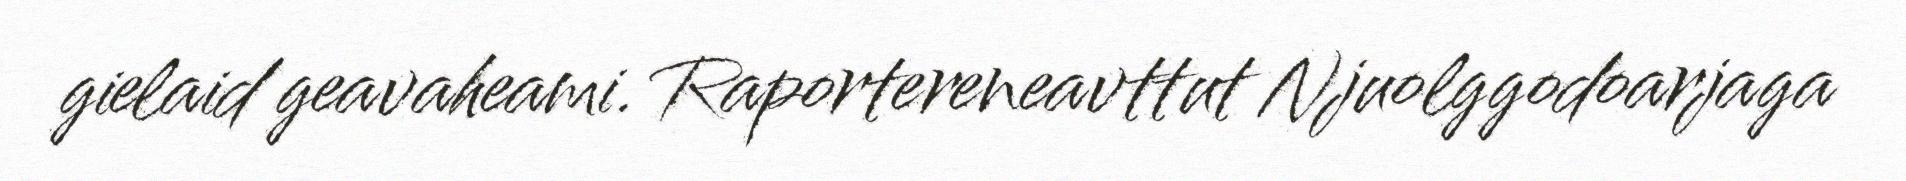
gielaid geavaheami. Raportereneavttut Njuolggodoarjaga